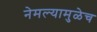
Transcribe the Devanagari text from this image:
नेमल्यामुळेच